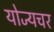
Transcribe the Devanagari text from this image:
योज्यचर